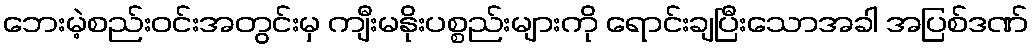
ဘေးမဲ့စည်းဝင်းအတွင်းမှ ကျီးမနိုးပစ္စည်းများကို ရောင်းချပြီးသောအခါ အပြစ်ဒဏ်